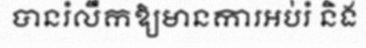
បានរំលឹកឱ្យមានការអប់រំ និង